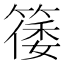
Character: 𬕥